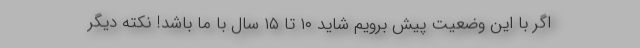
اگر با این وضعیت پیش برویم شاید ۱۰ تا ۱۵ سال با ما باشد! نکته دیگر